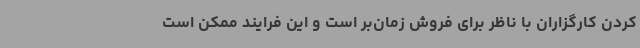
کردن کارگزاران با ناظر برای فروش زمان‌بر است و این فرایند ممکن است